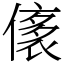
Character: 㒅